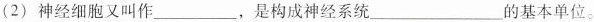
(2) 神经细胞又叫作 ___ ，是构成神经系统 ___ 的基本单位。